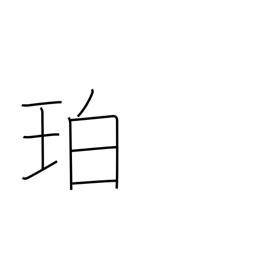
Meaning: amber